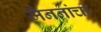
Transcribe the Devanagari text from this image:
जैननांची